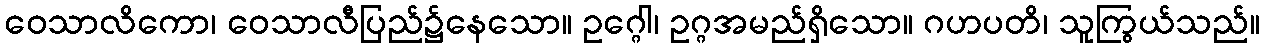
ဝေသာလိကော၊ ဝေသာလီပြည်၌နေသော။ ဥဂ္ဂေါ၊ ဥဂ္ဂအမည်ရှိသော။ ဂဟပတိ၊ သူကြွယ်သည်။